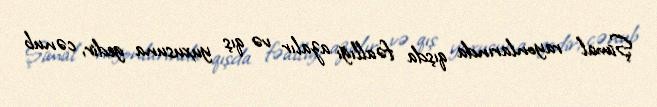
Şimal rayonlarında qışda fəallığı azalır və qış yuxusuna gedir, cənub